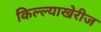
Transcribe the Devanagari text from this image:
किल्ल्याखेरीज